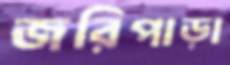
জরিপাড়া